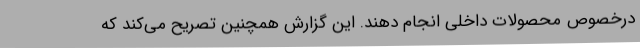
درخصوص محصولات داخلی انجام دهند. این گزارش همچنین تصریح می‌کند که